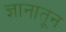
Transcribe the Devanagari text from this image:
ज्ञानातून